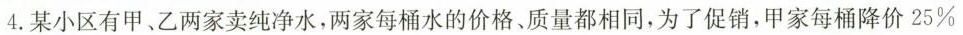
4.某小区有甲、乙两家卖纯净水，两家每桶水的价格、质量都相同，为了促销，甲家每桶降价25%